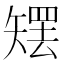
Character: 𰦜